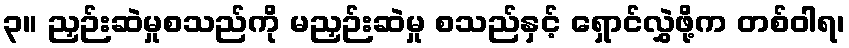
၃။ ညှဉ်းဆဲမှုစသည်ကို မညှဉ်းဆဲမှု စသည်နှင့် ရှောင်လွှဲဖို့က တစ်ဝါရ၊